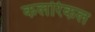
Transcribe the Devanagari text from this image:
कलरिकल